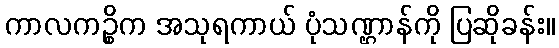
ကာလကဉ္စိက အသုရကာယ် ပုံသဏ္ဌာန်ကို ပြဆိုခန်း။